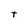
Character: t